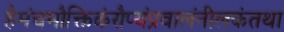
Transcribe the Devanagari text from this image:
हैमंचमौक्तिकंरौप्यंप्रवालंनीलकंतथा